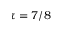
\tau = 7 / 8